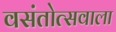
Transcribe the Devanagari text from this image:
वसंतोत्सवाला